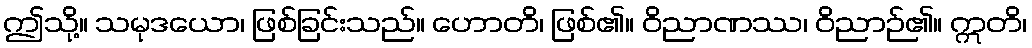
ဤသို့။ သမုဒယော၊ ဖြစ်ခြင်းသည်။ ဟောတိ၊ ဖြစ်၏။ ဝိညာဏဿ၊ ဝိညာဉ်၏။ ဣတိ၊